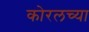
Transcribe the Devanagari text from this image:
कोरलच्या